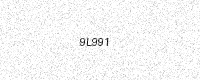
Text: 9L991